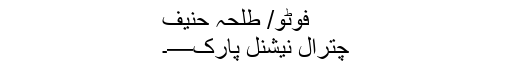
فوٹو/ طلحہ حنیف
چترال نیشنل پارک—۔